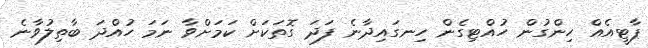
ޕާޓީއެއް ހިންގުން ހުއްޓިގެން ހިނގައިދާނެ ފަދަ ގޮތަކަށް ކަމަށްވާ ނަމަ ހުއްދަ ބާތިލުވާނެ